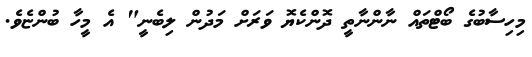
މިހިސާބުގެ ބޯޓްތައް ނާންނާތީ ދޮންކެޔޮ ވަރަށް މަދުން ލިބެނީ" އެ މީހާ ބުންޏެވެ.